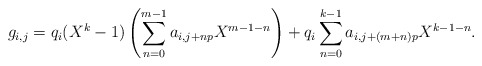
\begin{align*}g_{i,j}=q_i(X^k-1)\left(\sum_{n=0}^{m-1} a_{i,j+np}X^{m-1-n}\right) + q_i\sum_{n=0}^{k-1} a_{i,j+(m+n)p}X^{k-1-n}.\end{align*}